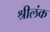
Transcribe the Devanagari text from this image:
श्रीलंक